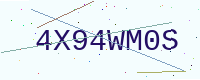
Text: 4X94WM0S